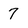
Character: 7